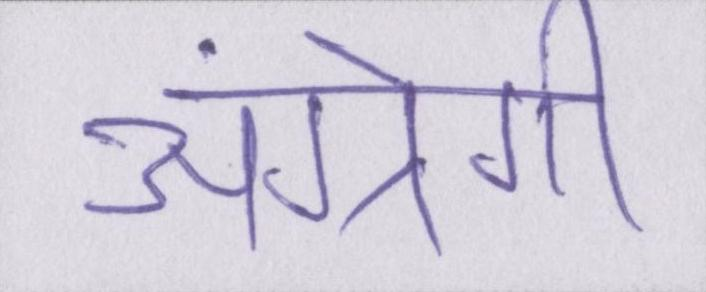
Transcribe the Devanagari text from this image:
अंग्रेगी